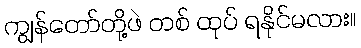
ကျွန်တော်တို့ဖဲ တစ် ထုပ် ရနိုင်မလား။